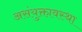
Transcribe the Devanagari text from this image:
असंयुक्तावस्था